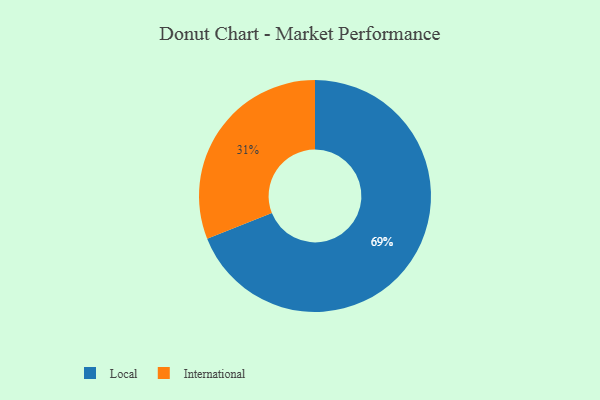
{"axis": {"x": "Category", "y": "Percentage"}, "legend": ["International", "Local"], "data": [{"x": "International", "y": 31, "type": "International"}, {"x": "Local", "y": 69, "type": "Local"}]}